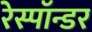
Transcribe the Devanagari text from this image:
रेस्पॉन्डर